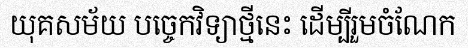
យុគសម័យ បច្ចេកវិទ្យាថ្មីនេះ ដើម្បីរួមចំណែក